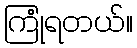
ကြုံရတယ်။